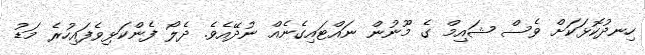
ހިނދުކޮޅަކަށް ވެސް ޝައިމް ގެ މޫނުން ނައްޓައިގެނެއް ނުދޭއެވެ. ދެލޯ ފެންކަޅިވެފައިހުރެ މަޑު